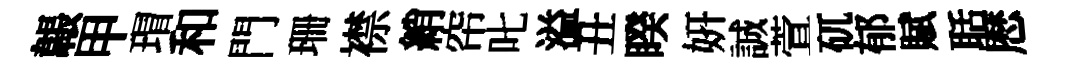
韔甲瑁和門珊襟綃帘叱溢丑睽妍誠萱矹郁賦聒厯